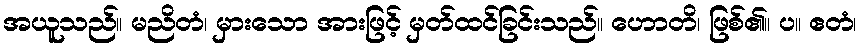
အယူသည်။ မညိတံ၊ မှားသော အားဖြင့် မှတ်ထင်ခြင်းသည်။ ဟောတိ၊ ဖြစ်၏။ ပ။ ဧတံ၊